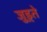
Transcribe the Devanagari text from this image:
जुड़्ते